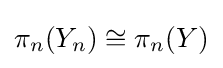
\pi _{n}(Y_{n})\cong \pi _{n}(Y)